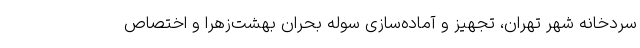
سردخانه شهر تهران، تجهیز و آماده‌سازی‌ سوله بحران بهشت‌زهرا و اختصاص